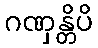
ဂဏှန္တိပိ